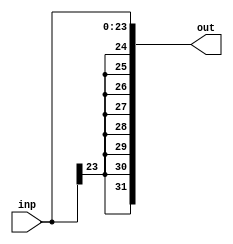
`timescale 1ns / 1ps
//////////////////////////////////////////////////////////////////////////////////
// Company: 
// Engineer: 
// 
// Design Name: 
// Module Name:    label_sign_extend 
// Project Name: 
// Target Devices: 
// Tool versions: 
// Description: 
//
// Dependencies: 
//
// Revision: 
// Revision 0.01 - File Created
// Additional Comments: 
//
//////////////////////////////////////////////////////////////////////////////////
module label_sign_extend(
   input [23:0] inp,
	output [31:0] out 
    );
	 
	 assign out[31:24] = {8{inp[23]}};		// append 16 bits of MSB to the input
	 assign out[23:0] = inp;
endmodule